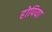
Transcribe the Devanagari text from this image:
होपिया